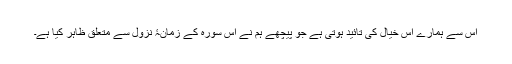
اس سے ہمارے اس خیال کی تائید ہوتی ہے جو پیچھے ہم نے اس سورہ کے زمانۂ نزول سے متعلق ظاہر کیا ہے۔